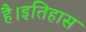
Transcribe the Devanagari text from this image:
है।इतिहास